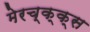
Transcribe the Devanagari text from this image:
मेरच्क्क्स